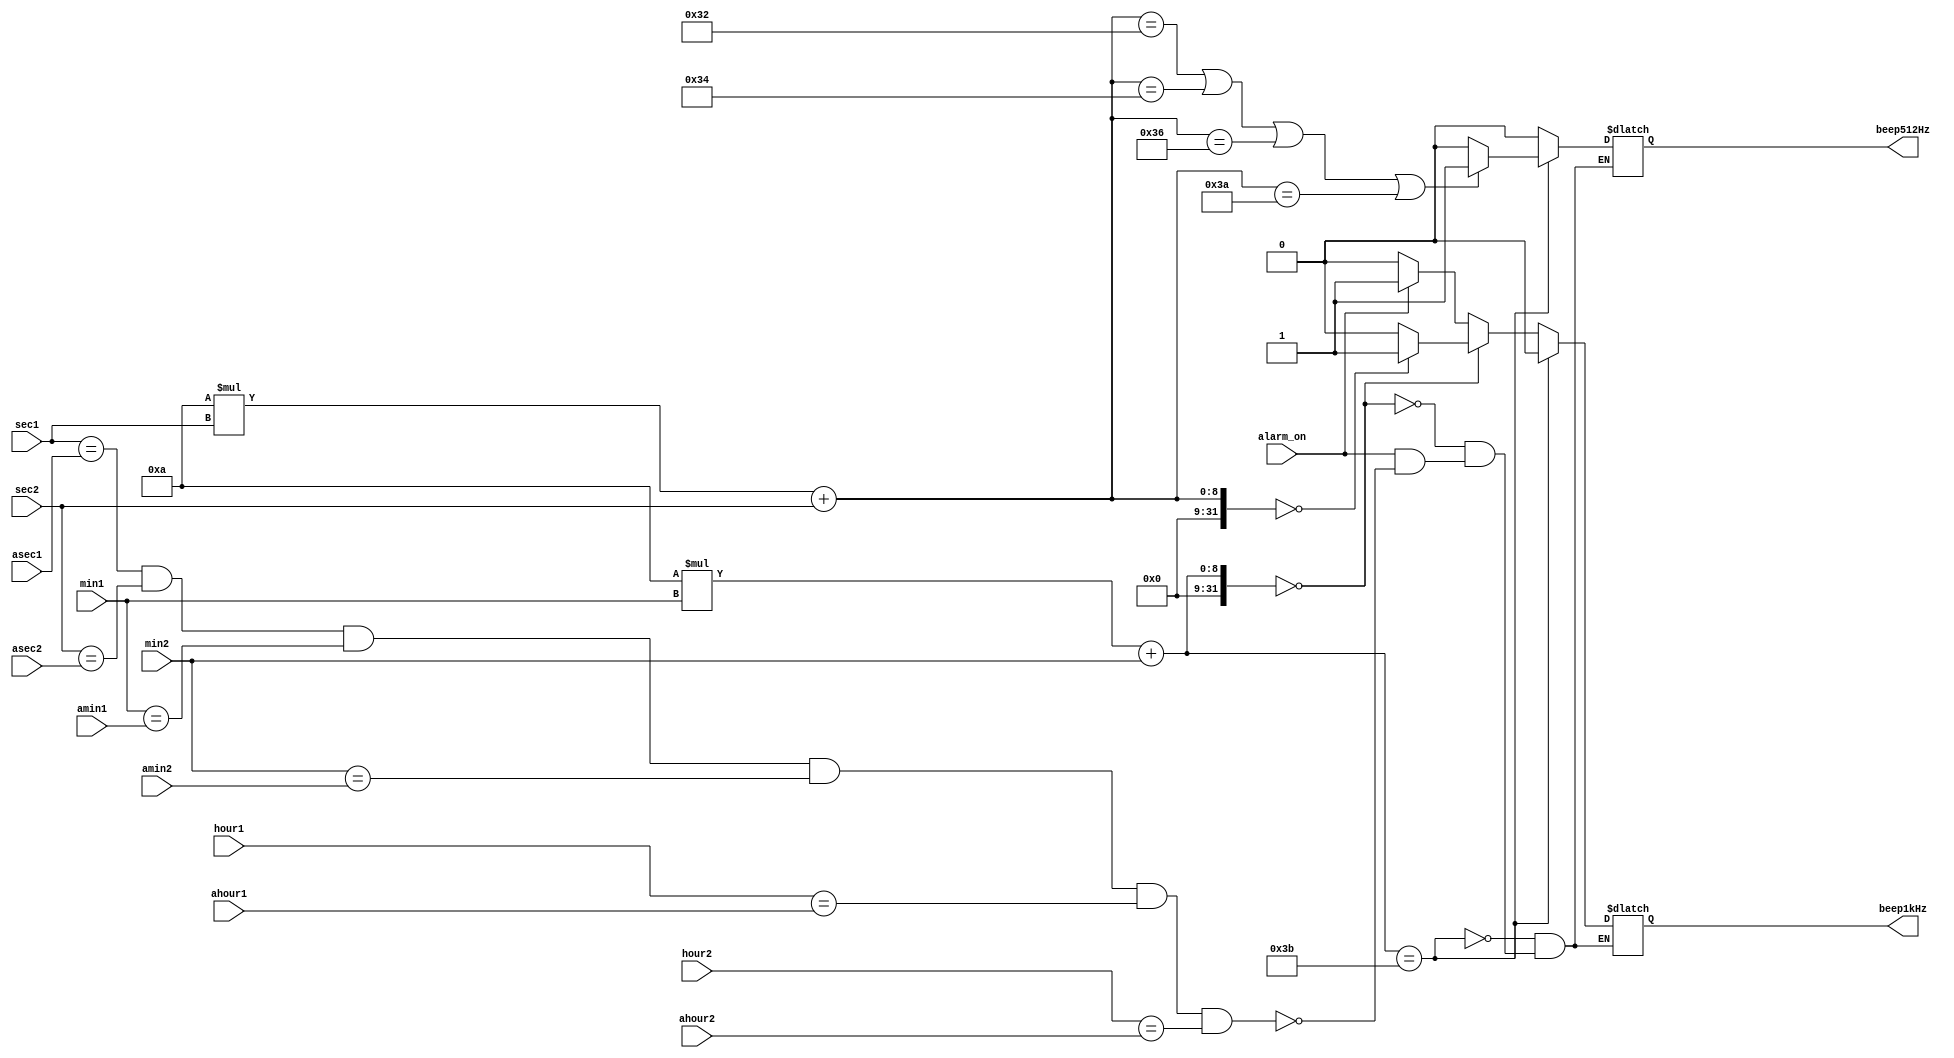
`timescale 1ns / 1ps

module mux_Beeper(
    input [3:0] sec1,sec2,min1,min2,hour1,hour2,
    input [3:0] asec1,asec2,amin1,amin2,ahour1,ahour2,
    input alarm_on,
    output reg beep512Hz,
    output reg beep1kHz
    );
    always@(sec1 or min1)
    begin
    
        if(10*min1+min2==59)
        begin
            if(10*sec1+sec2==50||10*sec1+sec2==52||10*sec1+sec2==54||10*sec1+sec2==58)
            begin
                beep512Hz <= 1;
                beep1kHz  <= 0;
            end
            else
            begin
                beep512Hz <= 0;
                beep1kHz  <= 0;
            end
        end
        
        else if(10*min1+min2==0)
        begin
            if(10*sec1+sec2==0)
            begin
                beep512Hz <= 0;
                beep1kHz  <= 1;
            end
            else 
            begin
                beep512Hz <= 0;
                beep1kHz  <= 0;
            end
        end
        
        else if(alarm_on)
        begin
            if(sec1==asec1&&sec2==asec2&&min1==amin1&&min2==amin2&&hour1==ahour1&&hour2==ahour2)
            begin
                beep512Hz <= 0;
                beep1kHz  <= 1;
            end
        end
        
        else
        begin
            beep512Hz <= 0;
            beep1kHz  <= 0;
        end
        
    end
    
endmodule